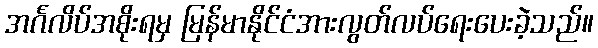
အင်္ဂလိပ်အစိုးရမှ မြန်မာနိုင်ငံအားလွတ်လပ်ရေးပေးခဲ့သည်။